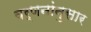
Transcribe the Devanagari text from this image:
वर्णनांनुसार